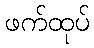
ဖက်ထုပ်